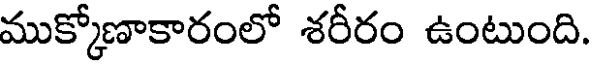
ముక్కోణాకారంలో శరీరం ఉంటుంది.